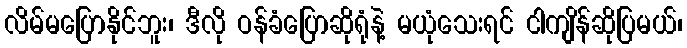
လိမ်မပြောနိုင်ဘူး၊ ဒီလို ဝန်ခံပြောဆိုရုံနဲ့ မယုံသေးရင် ငါကျိန်ဆိုပြမယ်၊